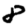
Digit: 8